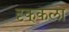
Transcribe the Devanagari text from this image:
दृक्‌कला